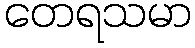
တေရသမာ